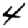
Digit: 4